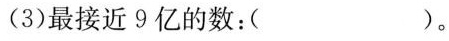
（3)最接近9亿的数：( )